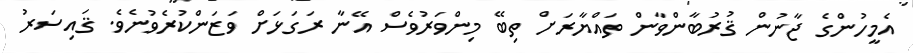
އެމީހުންގެ ޖާނުން ޤުރުބާންވާން ތައްޔާރަށް ތިބޭ މިންވަރުވެސް އޭނާ ރަގަޅަށް ވަޒަންކުރެވުނެވެ. ޤައިސަރު